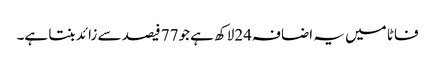
فاٹا میں یہ اضافہ24لاکھ ہے جو77 فیصد سے زائد بنتا ہے۔